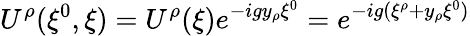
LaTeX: U^{\rho}(\xi^{0},\xi)=U^{\rho}(\xi)e^{-igy_{\rho}\xi^{0}}=e^{-ig(\xi^{\rho}+y_{\rho}\xi^{0})}